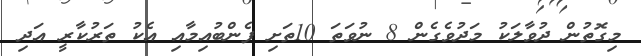
މިގޮތުން ދުވާލަކު މަދުވެގެން 8 ނުވަތަ 10ތަށި ފެންބުއިމާއި އެކު ތަރުކާރީ އަދި